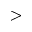
>